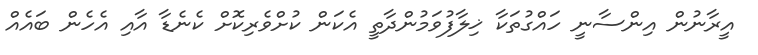
އީރާނުން އިންސާނީ ހައްގުތަކާ ޚިލާފުވަމުންދާތީ އެކަން ކުށްވެރިކޮށް ކެނެޑާ އާއި އެހެން ބައެއް